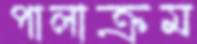
পালাক্রম